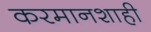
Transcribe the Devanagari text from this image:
करमानशाही